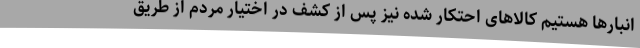
انبارها هستیم کالاهای احتکار شده نیز پس از کشف در اختیار مردم از طریق